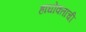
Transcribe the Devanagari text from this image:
हाघोक्ताची